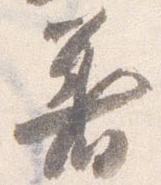
着